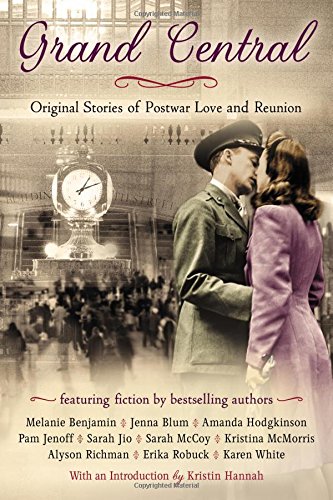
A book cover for Grand Central: Original Stories of Postwar Love and Reunion; Karen White; Literature & Fiction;